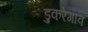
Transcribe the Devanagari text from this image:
डुकरेगाव